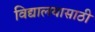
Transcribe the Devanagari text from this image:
विद्यालयासाठी